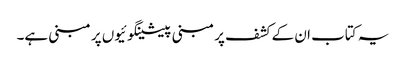
یہ کتاب ان کے کشف پر مبنی پیشینگوئیوں پر مبنی ہے۔